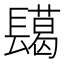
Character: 𮤅